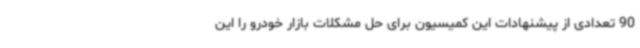
90 تعدادی از پیشنهادات این کمیسیون برای حل مشکلات بازار خودرو را این